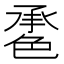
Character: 𦫠